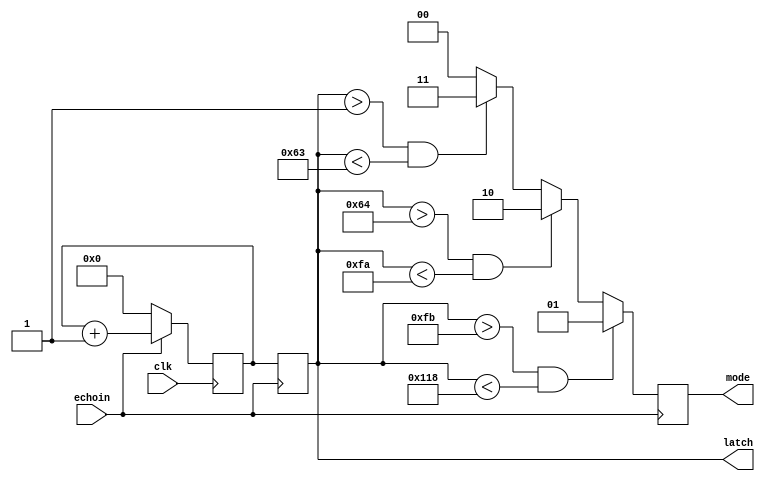
//ini untuk menghitung echo yang diterima

module echoCount(echoin,clk,latch,mode);

parameter bitSize= 10;

input clk;
input echoin;
output [bitSize-1:0] latch;
output [1:0] mode;

reg [bitSize-1:0] dist= 0;
reg [bitSize-1:0] latch;
reg [1:0] mode;

always @(negedge (echoin))
begin
	latch<= dist;
	if((latch>251) && (latch<280)) mode<= 2'b01;
	else if((latch>100) && (latch<250)) mode<= 2'b10;
	else if((latch>1) && (latch<99)) mode<= 2'b11;
	else mode<= 2'b00;
end

always @(posedge (clk))
begin
	if(echoin== 1'b1)
		dist<= dist+1'b1;
	else
		dist<= 1'b0;
end

endmodule